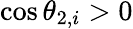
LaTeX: \cos\theta_{2,i}>0